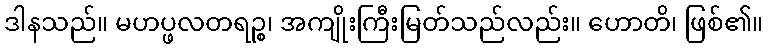
ဒါနသည်။ မဟပ္ဖလတရဉ္စ၊ အကျိုးကြီးမြတ်သည်လည်း။ ဟောတိ၊ ဖြစ်၏။